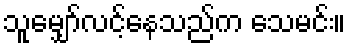
သူမျှော်လင့်နေသည်က သေမင်း။